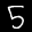
Label: 5